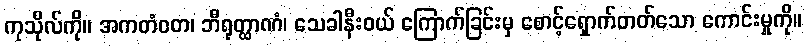
ကုသိုလ်ကို။ အကတံဝတ၊ ဘီရုတ္ထာဏံ၊ သေခါနီးဝယ် ကြောက်ခြင်းမှ စောင့်ရှောက်တတ်သော ကောင်းမှုကို။